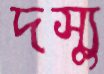
দস্যু